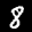
Label: 8